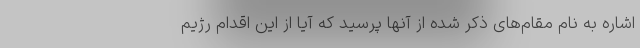
اشاره به نام مقام‌های ذکر شده از آنها پرسید که آیا از این اقدام رژیم